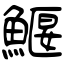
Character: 鰋